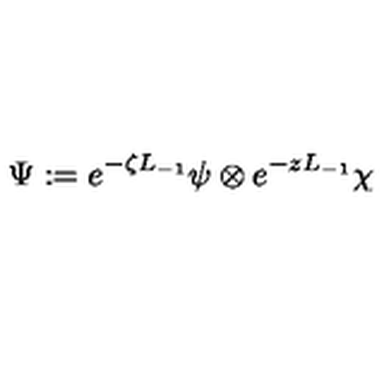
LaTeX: \Psi : = e ^ { - \zeta L _ { - 1 } } \psi \otimes e ^ { - z L _ { - 1 } } \chi